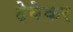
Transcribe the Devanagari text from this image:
देवेकर